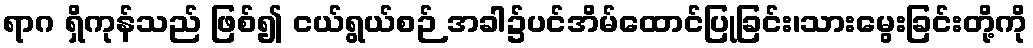
ရာဂ ရှိကုန်သည် ဖြစ်၍ ငယ်ရွယ်စဉ် အခါ၌ပင်အိမ်ထောင်ပြုခြင်း၊သားမွေးခြင်းတို့ကို